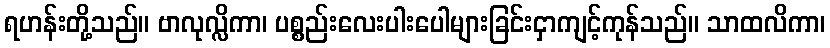
ရဟန်းတို့သည်။ ဗာလုလ္လိကာ၊ ပစ္စည်းလေးပါးပေါများခြင်းငှာကျင့်ကုန်သည်။ သာထလိကာ၊